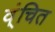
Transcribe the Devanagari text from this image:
व्ंचित